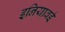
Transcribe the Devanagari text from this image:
इनियावई